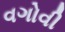
વગોવી